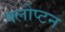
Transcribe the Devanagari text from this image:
क्लोप्टन